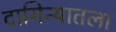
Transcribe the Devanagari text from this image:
दागिन्यातला